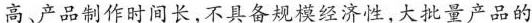
高、产品制作时间长,不具备规模经济性,大批量产品的